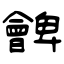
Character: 朇